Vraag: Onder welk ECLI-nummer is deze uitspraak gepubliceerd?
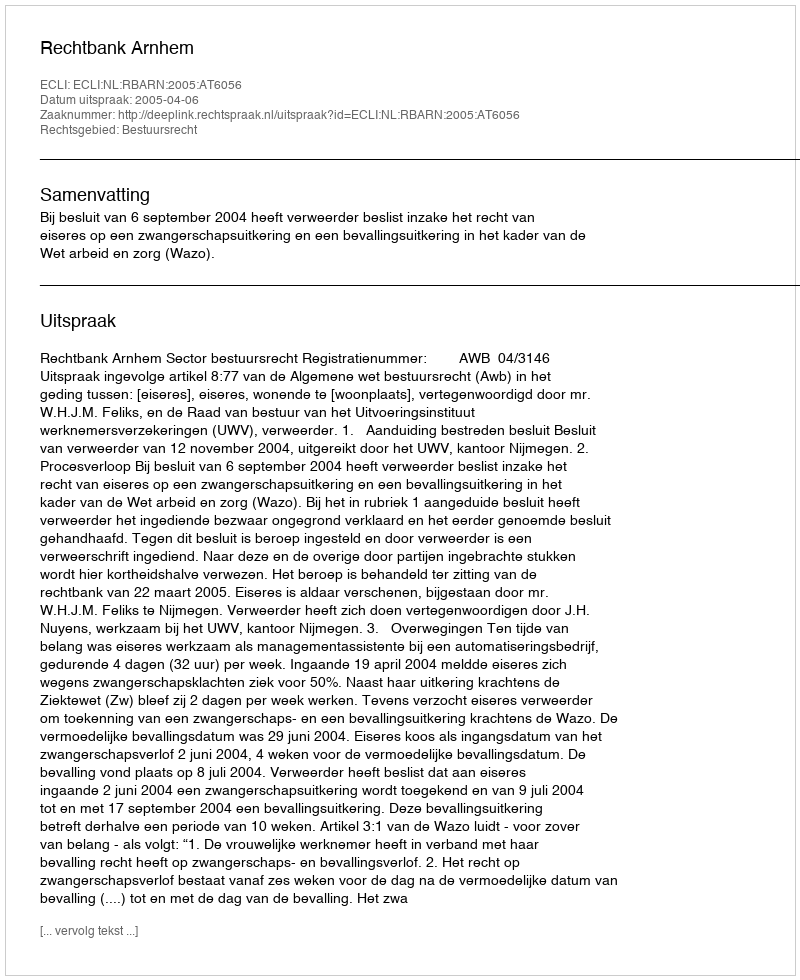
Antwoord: ECLI:NL:RBARN:2005:AT6056